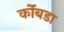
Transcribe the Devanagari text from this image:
कोंंबडा